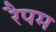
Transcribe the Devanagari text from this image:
रैपम